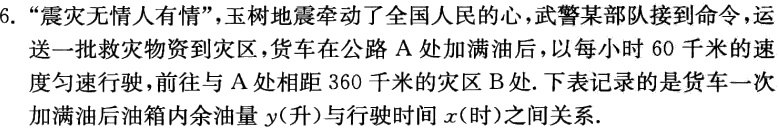
6. “震灾无情人有情”，玉树地震牵动了全国人民的心，武警某部队接到命令，运送一批救灾物资到灾区，货车在公路 A 处加满油后，以每小时 60 千米的速度匀速行驶，前往与 A 处相距 360 千米的灾区 B 处. 下表记录的是货车一次加满油后油箱内余油量 \(y\)（升）与行驶时间 \(x\)（时）之间关系.